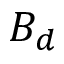
B _ { d }